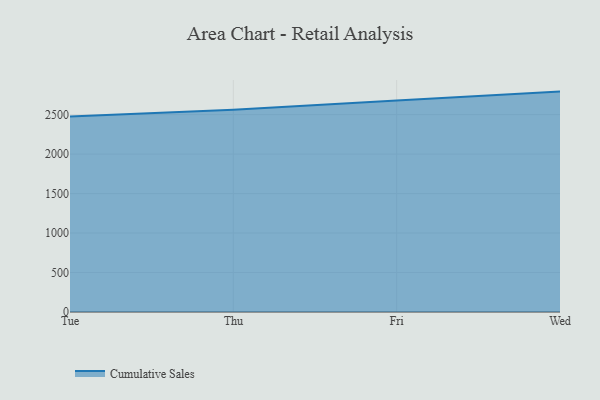
{"axis": {"x": "Day", "y": "Churn Rate (%)"}, "legend": ["Cumulative Sales"], "data": [{"x": "Tue", "y": 2476.8, "type": "Cumulative Sales"}, {"x": "Thu", "y": 2560.7, "type": "Cumulative Sales"}, {"x": "Fri", "y": 2679.5, "type": "Cumulative Sales"}, {"x": "Wed", "y": 2791.1, "type": "Cumulative Sales"}]}